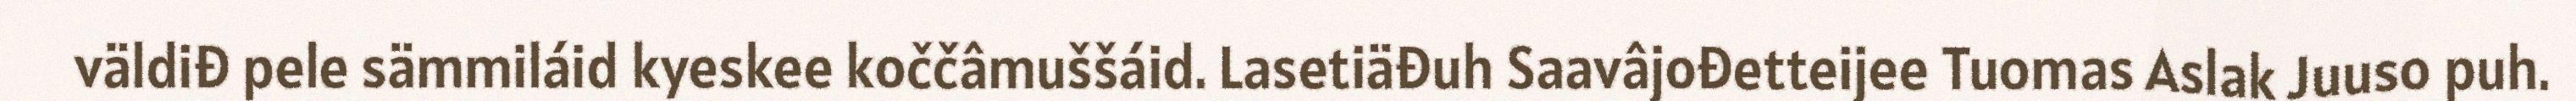
väldiđ pele sämmiláid kyeskee koččâmuššáid. Lasetiäđuh Saavâjođetteijee Tuomas Aslak Juuso puh.